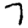
Digit: 7